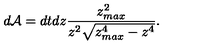
d { \cal A } = d t d z \frac { z _ { m a x } ^ { 2 } } { z ^ { 2 } \sqrt { z _ { m a x } ^ { 4 } - z ^ { 4 } } } .